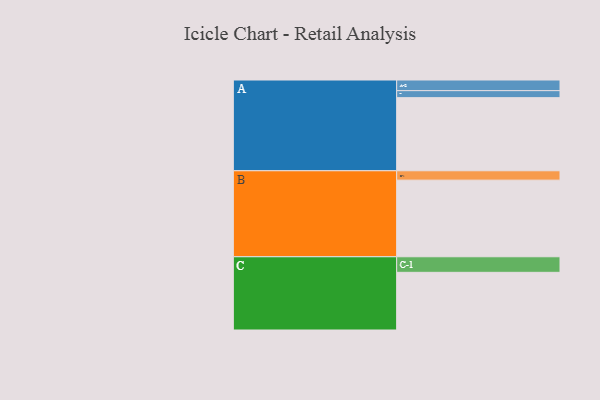
{"axis": {"x": "Segment", "y": "Value"}, "legend": ["", "A", "B", "C"], "data": [{"x": "A", "y": 563, "type": ""}, {"x": "B", "y": 590, "type": ""}, {"x": "C", "y": 444, "type": ""}, {"x": "A-1", "y": 54, "type": "A"}, {"x": "A-2", "y": 82, "type": "A"}, {"x": "B-1", "y": 72, "type": "B"}, {"x": "C-1", "y": 120, "type": "C"}]}